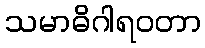
သမာဓိဂါရဝတာ